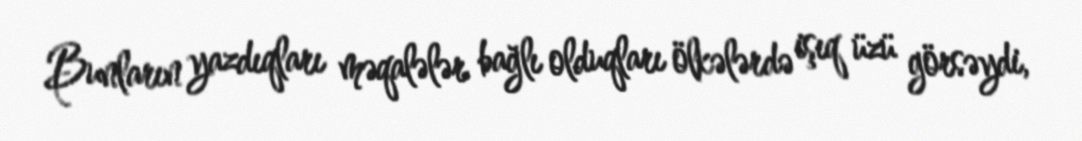
Bunların yazdıqları məqalələr bağlı olduqları ölkələrdə işıq üzü görsəydi,